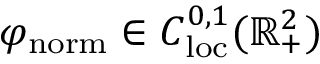
\varphi _ { \mathrm { { n o r m } } } \in C _ { \mathrm { l o c } } ^ { 0 , 1 } ( \mathbb { R } _ { + } ^ { 2 } )